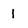
Character: 1